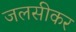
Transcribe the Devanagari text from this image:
जलसीकर